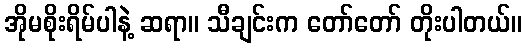
အိုမစိုးရိမ်ပါနဲ့ ဆရာ။ သီချင်းက တော်တော် တိုးပါတယ်။